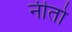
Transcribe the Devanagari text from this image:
नीतो